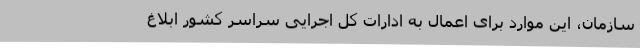
سازمان، این موارد برای اعمال به ادارات کل اجرایی سراسر کشور ابلاغ